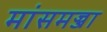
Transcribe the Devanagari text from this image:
मांसमज्जा